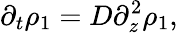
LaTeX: \partial_{t}\rho_{1}=D\partial_{z}^{2}\rho_{1},